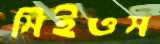
সিইওস